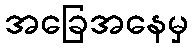
အခြေအနေမှ